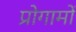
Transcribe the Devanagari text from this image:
प्रोगामों